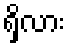
ရှိလား